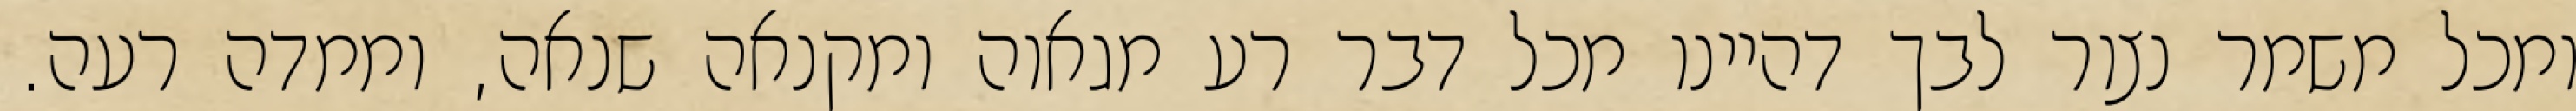
ומכל משמר נצור לבך דהיינו מכל דבר רע מגאוה ומקנאה שנאה, וממדה רעה.